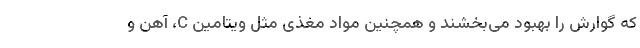
که گوارش را بهبود می‌بخشند و همچنین مواد مغذی مثل ویتامین C، آهن و